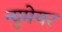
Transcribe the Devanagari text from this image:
न्युमेयर